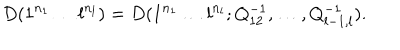
LaTeX: D ( 1 ^ { n _ { 1 } } \ldots l ^ { n _ { l } } ) = D ( 1 ^ { n _ { 1 } } \ldots l ^ { n _ { l } } ; Q _ { 1 2 } ^ { - 1 } , \ldots , Q _ { l - 1 , l } ^ { - 1 } ) .